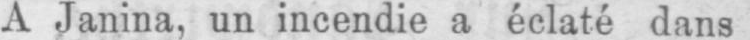
A Janina, un incendie a éclaté dans